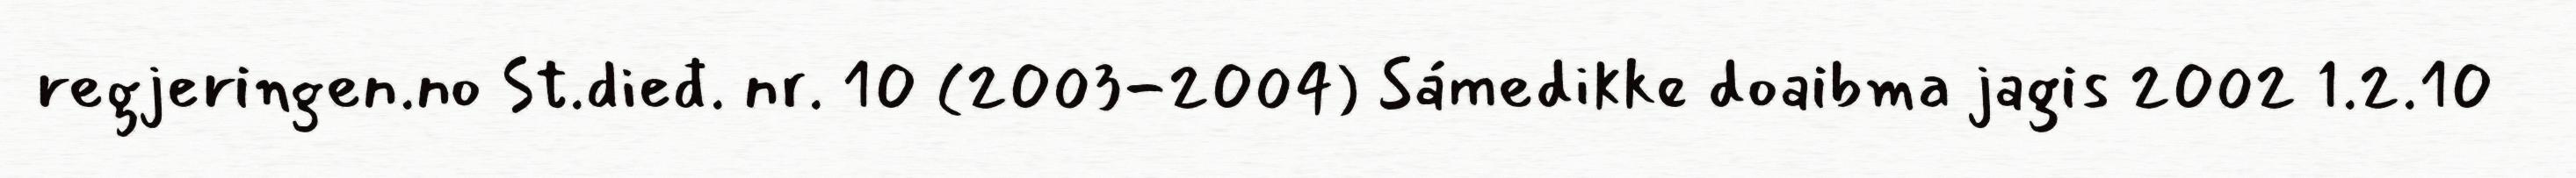
regjeringen.no St.dieđ. nr. 10 (2003-2004) Sámedikke doaibma jagis 2002 1.2.10